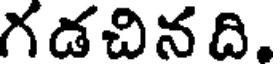
గడచిన ది.